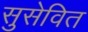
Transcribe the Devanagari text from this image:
सुसेवित